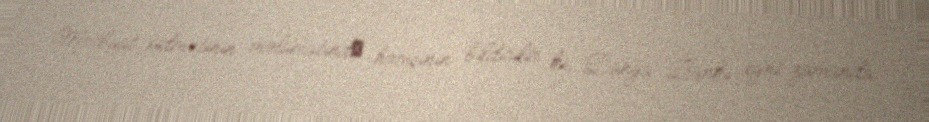
Mətbuat xidmətinin məlumatındа həmçinin bildirilir ki, Dünya Bankı eyni zamanda